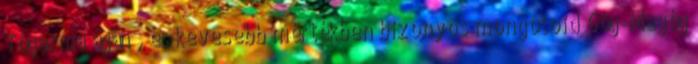
Tógarma ágán , és kevesebb mértékben bizonyos mongoloid Góg-Magóg